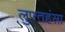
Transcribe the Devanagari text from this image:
लुफ्तहंसा